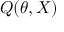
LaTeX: Q ( \theta , X )